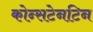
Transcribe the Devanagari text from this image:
कोन्सटेनटिन